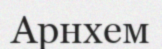
Арнхем